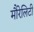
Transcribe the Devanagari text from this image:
मौरेलिटी